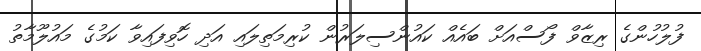
ފުލުހުންގެ ރިޒާވް ފޯސްއަށް ބައެއް ކައުންސިލަރުން ކުރިމަތިލައި އަދި ހޮވިފައިވާ ކަމުގެ މައުލޫމާތު